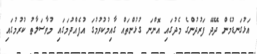
އަޅުގަނޑުމެން ދޭދޭ ފަރުދުންގެ މެދުގައި އޮންނަ ގުޅުންތައް ގާއިމުކުުރުމުގަ އުފެއްދުމަގައި މުވާސަލާތު ކުރުމުގައި